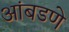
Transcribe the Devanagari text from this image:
आंबडणे